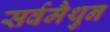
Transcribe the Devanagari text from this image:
सर्वमैथुन